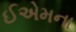
ઈએમના